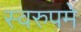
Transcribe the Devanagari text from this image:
स्वरुपमे